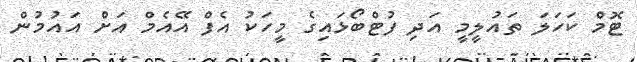
ޓޮމް ކަހަލަ ތައުލީމީ އަދި ފުޓްބޯޅައިގެ މީހަކު އެފް އޭއެމް އަށް އައުމުން